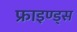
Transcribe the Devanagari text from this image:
फ्राइण्ड्स